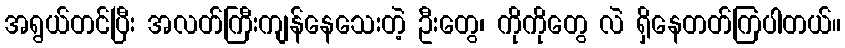
အရွယ်တင်ပြီး အလတ်ကြီးကျန်နေသေးတဲ့ ဦးတွေ၊ ကိုကိုတွေ လဲ ရှိနေတတ်ကြပါတယ်။